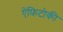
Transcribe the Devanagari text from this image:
ऐंफ़िटोकी